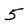
Character: 5